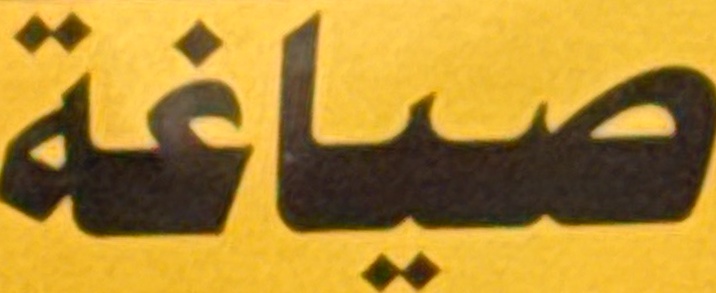
صیاغة